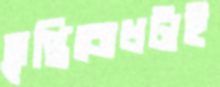
তৃপ্তিবোধটাই